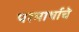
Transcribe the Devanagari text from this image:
परमार्थाचे